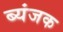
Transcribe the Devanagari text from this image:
ब्यंजक